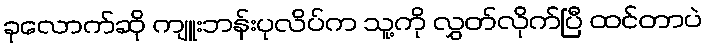
ခုလောက်ဆို ကျူးဘန်းပုလိပ်က သူ့ကို လွှတ်လိုက်ပြီ ထင်တာပဲ